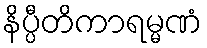
နိပ္ပီတိကာရမ္မဏံ